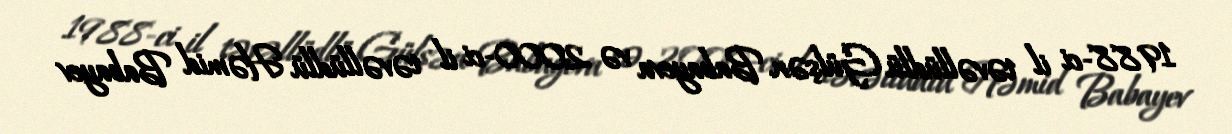
1988-ci il təvəllüdlü Gülşən Babayeva və 2000-ci il təvəllüdlü Həmid Babayev